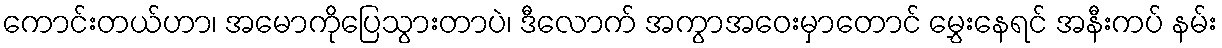
ကောင်းတယ်ဟာ၊ အမောကိုပြေသွားတာပဲ၊ ဒီလောက် အကွာအဝေးမှာတောင် မွှေးနေရင် အနီးကပ် နမ်း